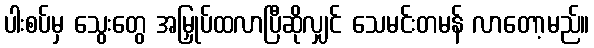
ပါးစပ်မှ သွေးတွေ အမြှုပ်ထလာပြီဆိုလျှင် သေမင်းတမန် လာတော့မည်။